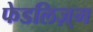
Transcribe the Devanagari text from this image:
फेडलिज़्म